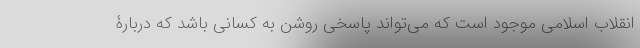
انقلاب اسلامی موجود است که می‌تواند پاسخی روشن به کسانی باشد که دربارۀ